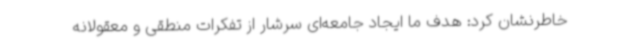
خاطرنشان کرد: هدف ما ایجاد جامعه‌ای سرشار از تفکرات منطقی و معقولانه